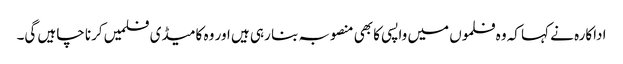
اداکارہ نے کہا کہ وہ فلموں میں واپسی کا بھی منصوبہ بنا رہی ہیں اور وہ کامیڈی فلمیں کرنا چاہیں گی۔